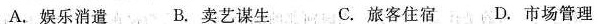
A.娱乐消遣B.卖艺谋生C.旅客住宿D.市场管理